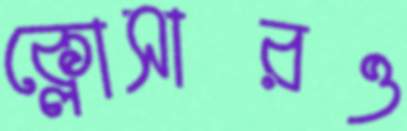
ক্লোসারও